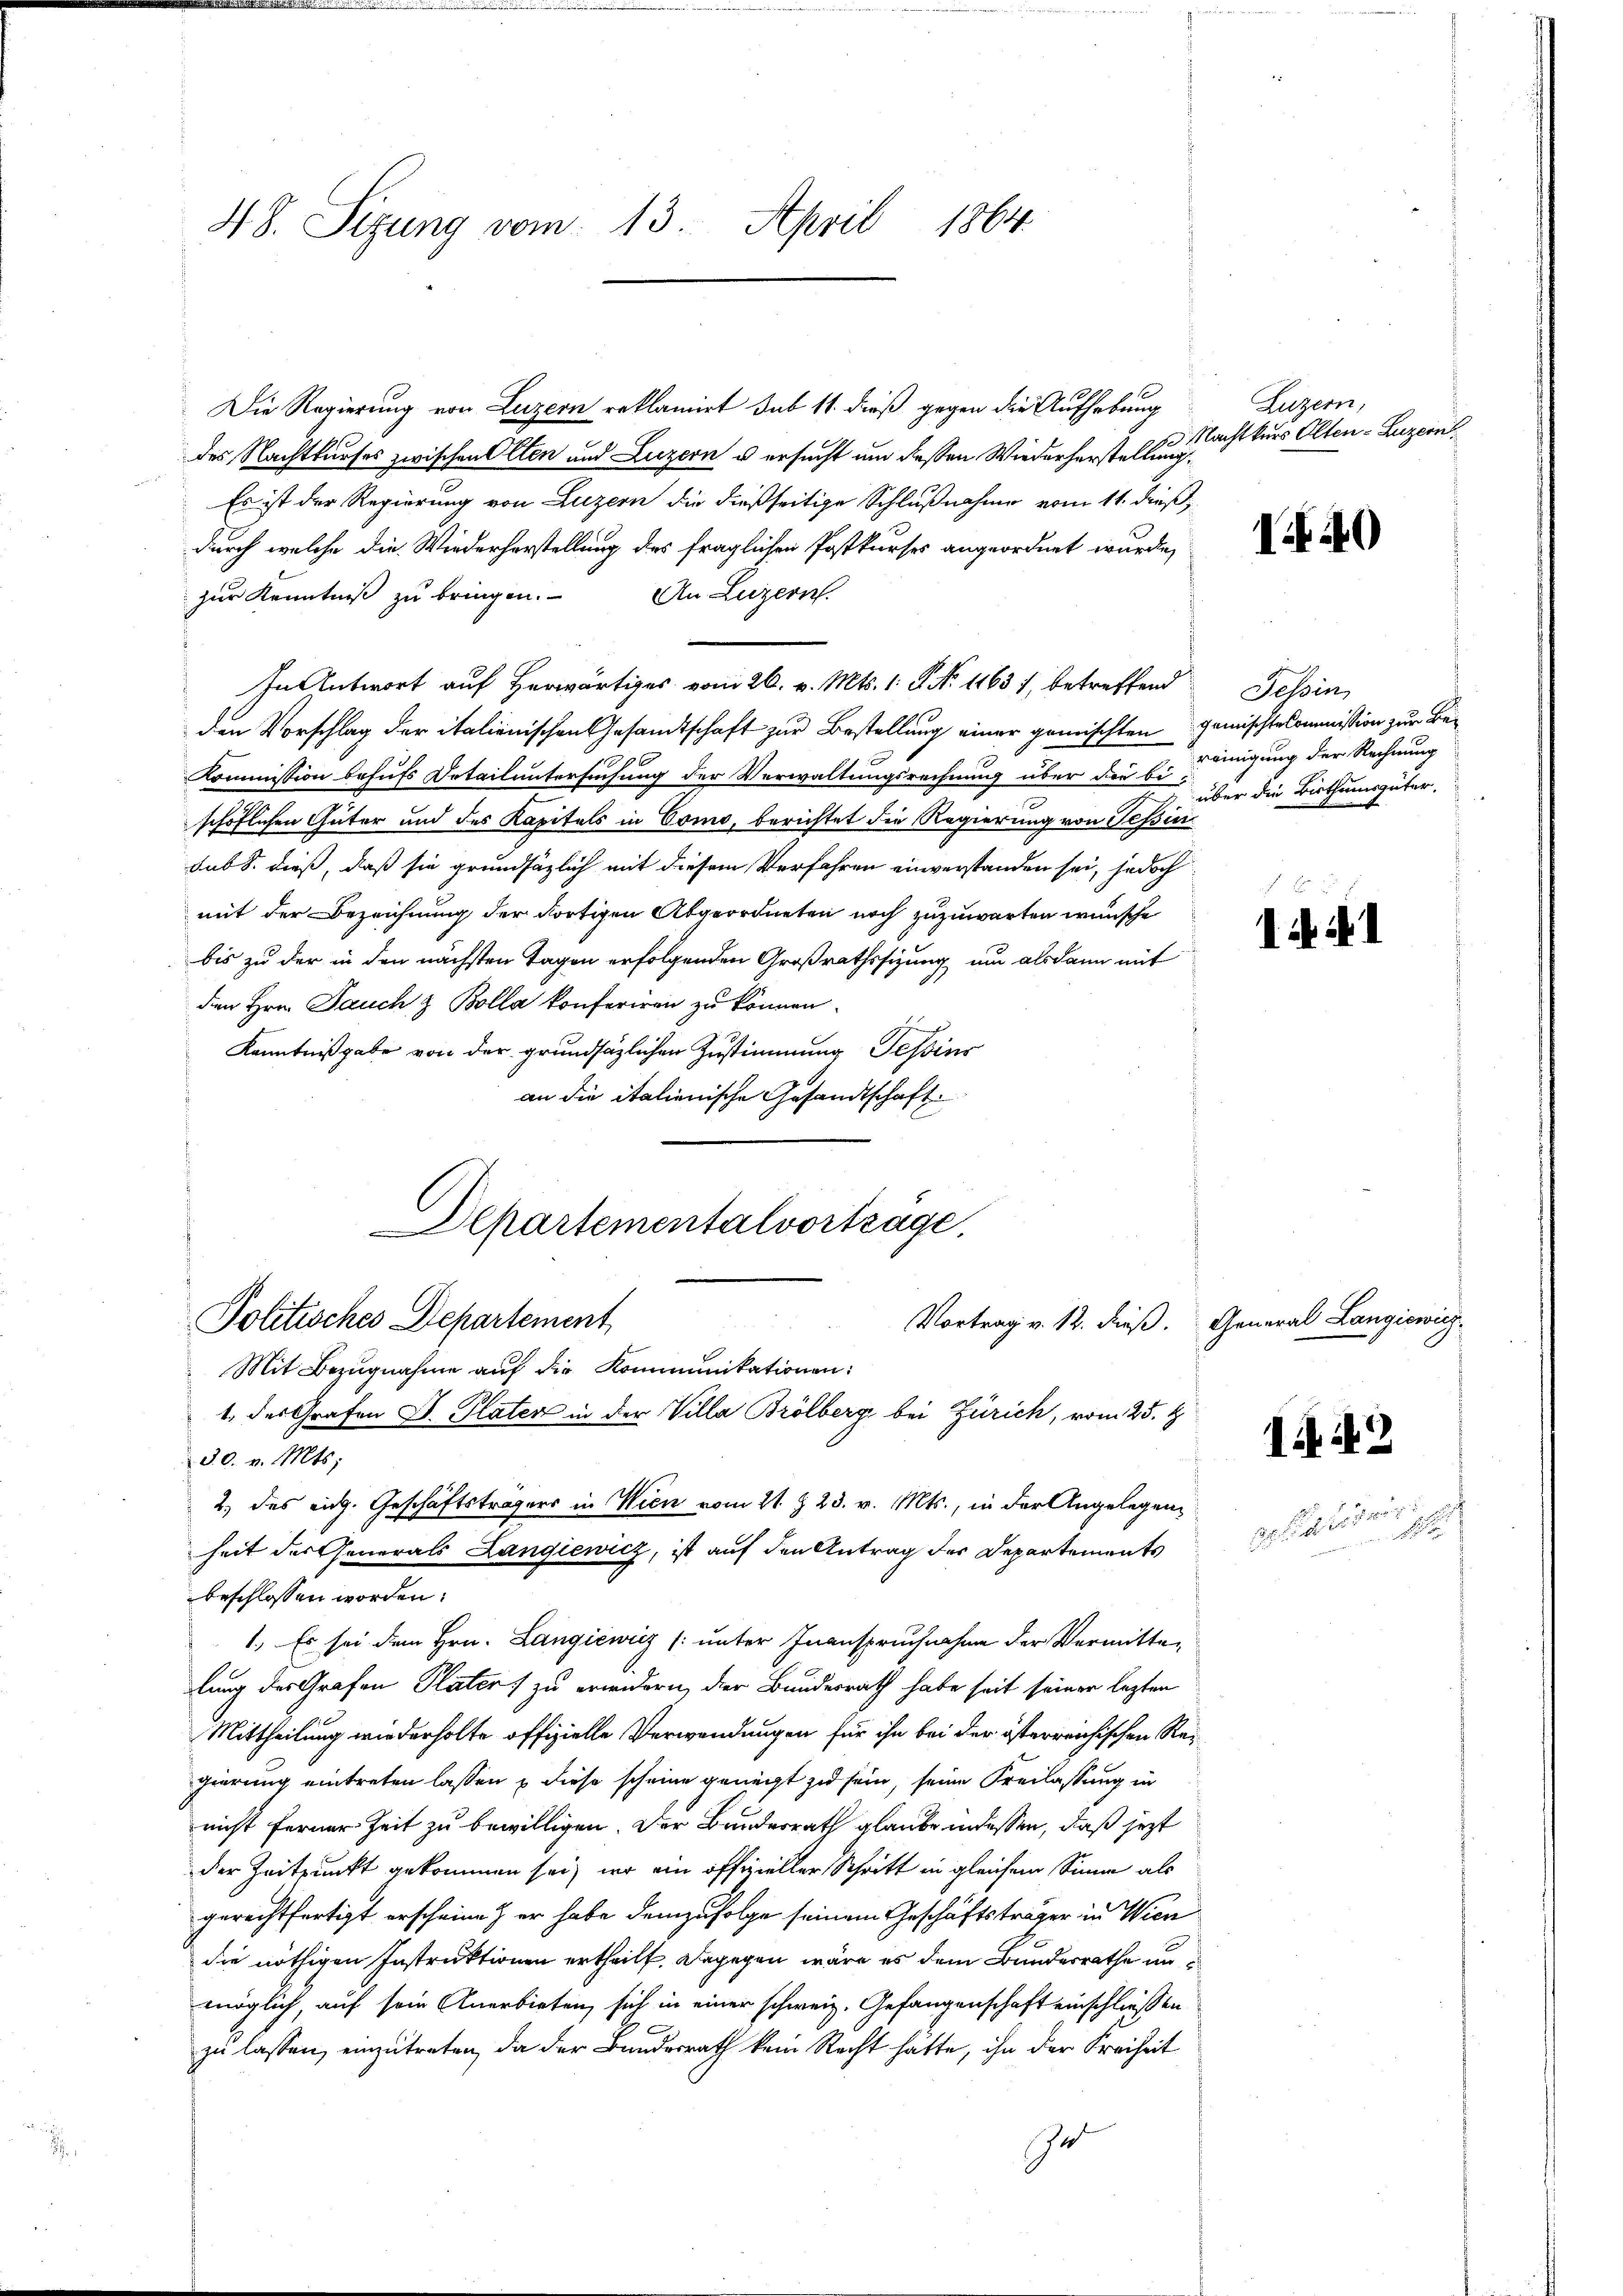
48. Sizung vom 13. April 1864.

Die Regierung von Luzern reklamirt sub 11. dieß gegen die Aufhebung
des Nachtkurses zwischen Olten und Luzern u ersucht um dessen Wiederherstellung
Es ist der Regierung von Luzern die dießseitige Schlußnahme vom 11. dieß,
durch welche die Wiederherstellung des fraglichen Postkurses angeordnet wurde,
zur Kenntniß zu bringen. An Luzern
In Antwort auf Herwärtiges vom 26. v. Mts. 1. P. N. 11631, betreffend
den Vorschlag der italienischen Gesandtschaft zur Bestellung einer gemischten gemischtekommission zur Be¬
Kommission behufs Detail untersuchung der Verwaltungsrechnung über die bei der die Bisthumsgüter,
schöflichen Güter und des Kapitels in Como, berichtet die Regierung von Teßin
sub S. dieß, daß sie grundsätzlich mit diesem Verfahren einverstanden sei, jedoch
mit der Bezeichnung der dortigen Abgeordneten noch zuzuwarten wünsche
bis zu der in den nächsten Tagen erfolgenden Großrathssizung um alsdann mit
den Hrn. Jauch & Bolla konferiren zu können.
emnach
Kenntnißgabe von der grundsätzlichen Zustimmung Tessins
an die italienische Gesandtschaft.

Departementalvortrage,
Politisches Departement
Vortrag v. 12. dieß. General Langicwisz
Mit Bezugnahme auf die Kommunikationen:
1. des Grafen D. Plater in der Villa Brölberg bei Zürich, vom 25. d.

30. v. Mts.
2. des eidg. Geschäftsträgers in Wien vom 21. § 23. v. Mts., in der Angelegenheit der Generals Langiewicz, ist auf den Antrag der Departements
beschlossen worden:
1., Es sei dem Hrn. Langiewicz (unter Inanspruchnahme der Vermittelung des Grafen Plater zu erwidern, der Bundesrath habe seit seiner lezten
Mittheilung wiederholte offizielle Verwendungen für ihn bei der österreichischen Regierung eintreten lassen & diese scheine geneigt zu sein, seine Freilassung in
nicht ferner Zeit zu bewilligen. Der Bundesrath glaube indessen, daß jetzt
der Zeitpunkt gekommen sei, wo ein offizieller Schritt in gleichem Sinne als
gerechtfertigt erscheine er habe demzufolge seinem Geschäftsträger in Wien
die nöthigen Instruktionen ertheilt. Dagegen wäre es dem Bundesrathe un
möglich, auf sein Anerbieten, sich in einer schweiz. Gefangenschaft einschließen
zu lassen, einzutreten, da der Bundesrath kein Recht hätte, ihn der Freiheit
Gr

Luzern,
Machtkurs Olten - Luzern

40

Tessin,
reinigung der Rechnung

I. A. Fr. 1

i

aiseri